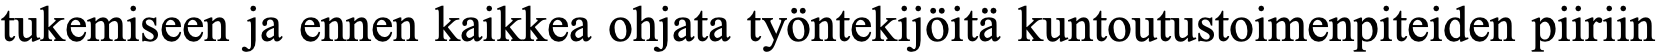
tukemiseen ja ennen kaikkea ohjata työntekijöitä kuntoutustoimenpiteiden piiriin